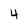
Character: 4